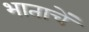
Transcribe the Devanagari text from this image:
भाताचें